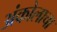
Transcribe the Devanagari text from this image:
अंकोलाचा